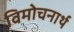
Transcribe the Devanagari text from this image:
विमोचनार्थ